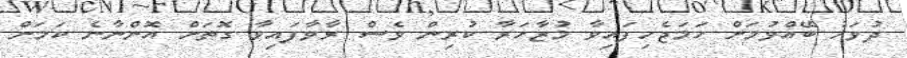
ދުވަހު ބޭއްވުމަށް ހަމަޖެހިފައިވާ މުޒާހަރާ ކުރިން ވެސް ރާވާފައިވާ ގޮތަށް އޮންނާނެ ކަމަށް